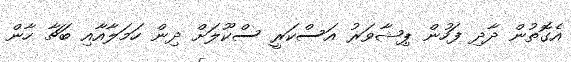
އެގޮތުން ދާދި ފަހުން ޕިޝާވަރު އަސްކަރީ ސްކޫލަށް ދިން ހަމަލާއާއި ބަޗާ ހާން